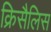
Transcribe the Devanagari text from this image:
क्रिसैलिस